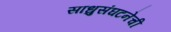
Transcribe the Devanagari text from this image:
साधुसंघटनेची